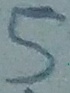
Text: 5